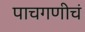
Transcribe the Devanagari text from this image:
पाचगणीचं